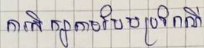
ការសិក្សាតាមបែបប្រពៃណី